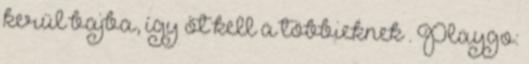
kerül bajba, így őt kell a többieknek . Playgo: